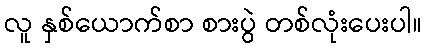
လူ နှစ်ယောက်စာ စားပွဲ တစ်လုံးပေးပါ။